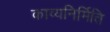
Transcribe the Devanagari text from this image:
काव्यनिर्मिति